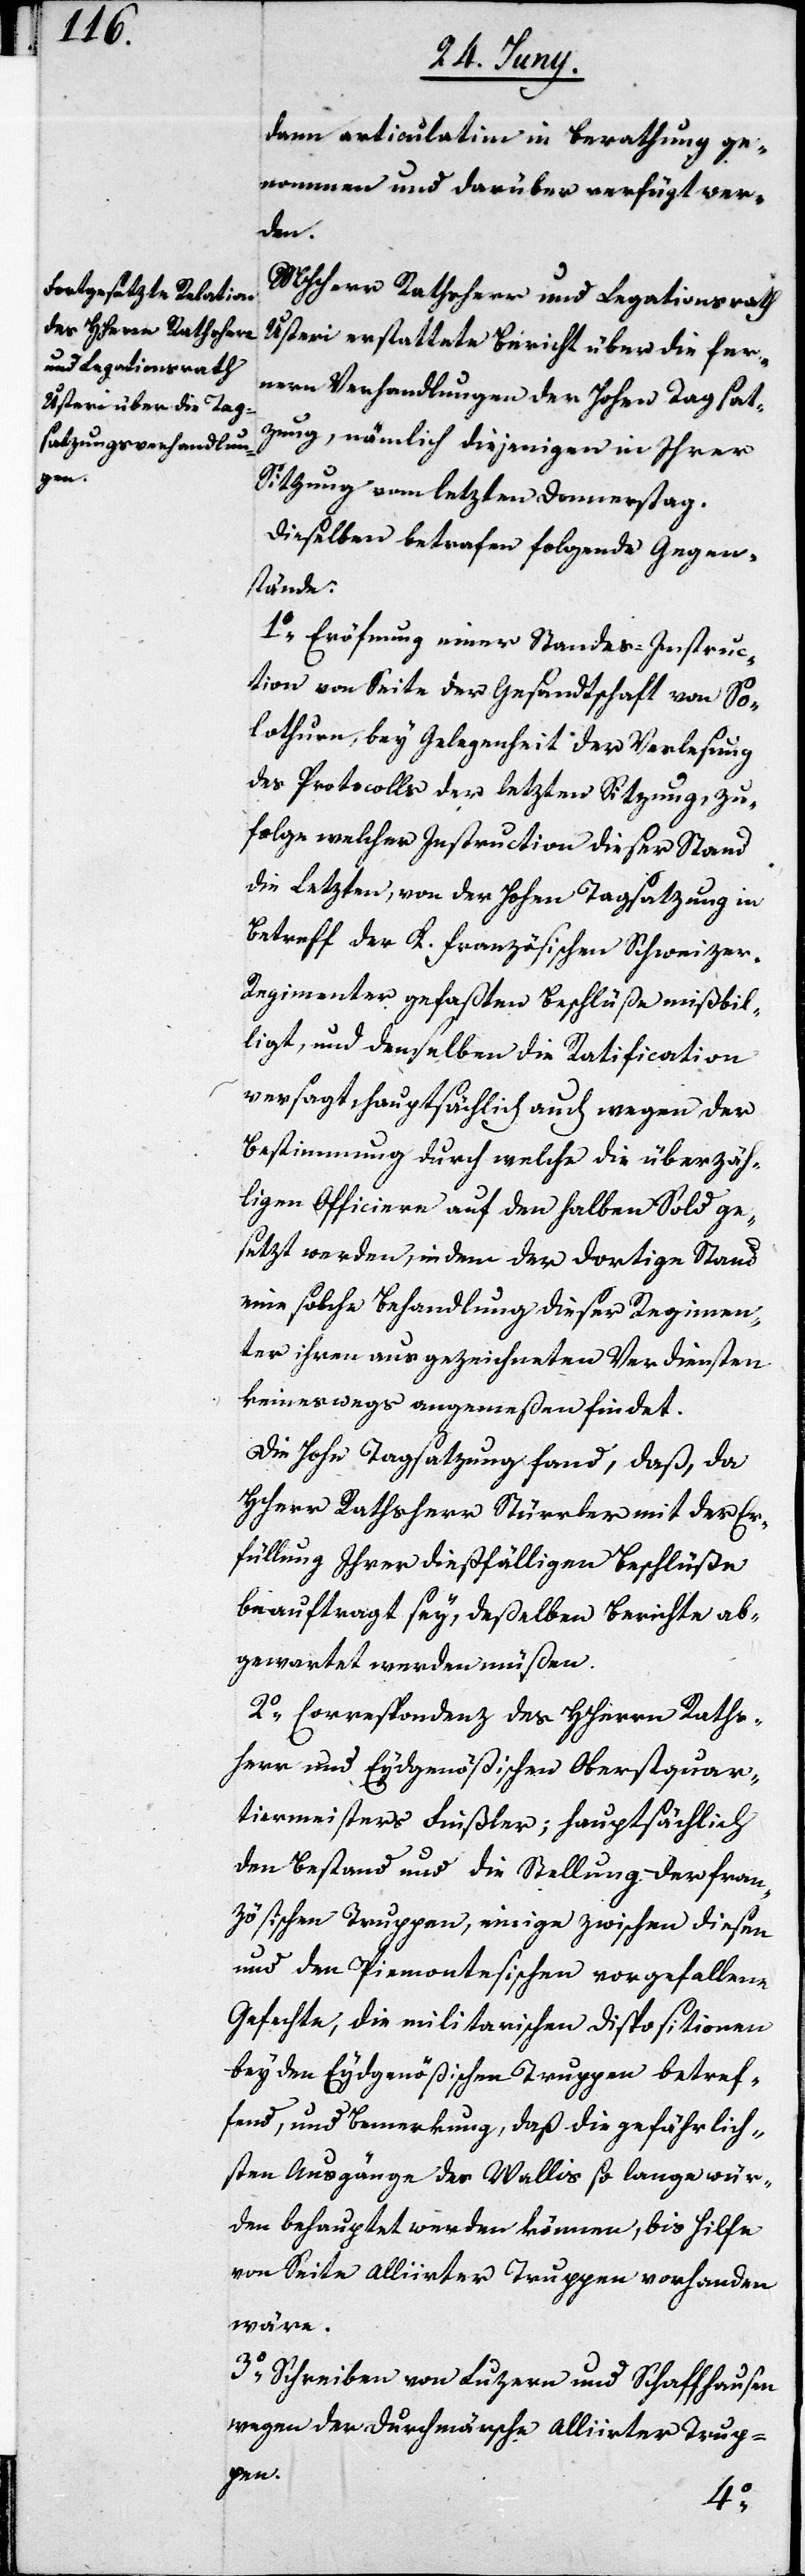
dann articulatim in Berathung ge¬
nommen und darüber verfügt wer¬
den.
MHHerr Rathsherr und Legationsrath
Usteri erstattete Bericht über die fer¬
nern Verhandlungen der Hohen Tagsat¬
zung, nämlich diejenigen in Ihrer
Sitzung vom letzten Donnerstag.
Dieselben betrafen folgende Gegen¬
stände:
1o Eröfnung einer Standes-Instruc¬
tion von Seite der Gesandtschaft von So¬
lothurn, bey Gelegenheit der Verlesung
des Protocolls der letzten Sitzung, zu¬
folge welcher Instruction dieser Stand
die Letzten, von der Hohen Tagsatzung in
Betreff der K. französischen Schweize¬
r-Regimenter gefaßten Beschlüße mißbil¬
ligt, und denselben die Ratification
versagt, hauptsächlich auch wegen der
Bestimmung durch welche die überzäh¬
ligen Officiere auf den halben Sold ge¬
setzt werden, in dem der dortige Stand
eine solche Behandlung dieser Regimen¬
ter ihren ausgezeichneten Verdiensten
keineswegs angemeßen findet.
Die Hohe Tagsatzung fand, daß, da
HHerr Rathsherr Stürrler mit der Er¬
füllung Ihrer dießfälligen Beschlüße
beauftragt sey, deßelben Berichte ab¬
gewartet werden müßen.
2o Correspondenz des HHerrn Raths¬
herr und Eydgenößischen Oberstquar¬
tiermeisters Finsler; hauptsächlich
den Bestand und die Stellung der fran¬
zösischen Truppen, einige zwischen diesen
und den Piemontesischen vorgefallenen
Gefechte, die militarischen Dispositionen
bey den Eydgenößischen Truppen betref¬
fend, und Bemerkung, daß die gefährlich¬
sten Ausgänge des Wallis so lange wür¬
den behauptet werden können, bis Hilfe
von Seite Alliirter Truppen vorhanden
wäre.
3o Schreiben von Luzern und Schaffhausen
wegen der Durchmärsche Alliirter Trup¬
pen.